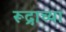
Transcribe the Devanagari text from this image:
रूद्राच्या